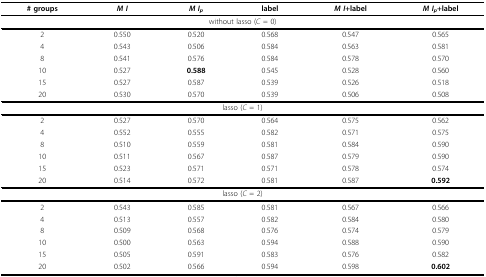
<table><thead><tr><td><b># groups</b></td><td><b><i>M I</i></b></td><td><b><i>M I<sub>p</sub></i></b></td><td><b>label</b></td><td><b><i>M I</i>+label</b></td><td><b><i>M I<sub>p</sub></i>+label</b></td></tr></thead><tbody><tr><td colspan="6">without lasso (<i>C </i>= 0)</td></tr><tr><td>2</td><td>0.550</td><td>0.520</td><td>0.568</td><td>0.547</td><td>0.565</td></tr><tr><td>4</td><td>0.543</td><td>0.506</td><td>0.584</td><td>0.563</td><td>0.581</td></tr><tr><td>8</td><td>0.541</td><td>0.576</td><td>0.584</td><td>0.578</td><td>0.570</td></tr><tr><td>10</td><td>0.527</td><td><b>0.588</b></td><td>0.545</td><td>0.528</td><td>0.560</td></tr><tr><td>15</td><td>0.527</td><td>0.587</td><td>0.539</td><td>0.526</td><td>0.518</td></tr><tr><td>20</td><td>0.530</td><td>0.570</td><td>0.539</td><td>0.506</td><td>0.508</td></tr><tr><td colspan="6">lasso (<i>C </i>= 1)</td></tr><tr><td>2</td><td>0.527</td><td>0.570</td><td>0.564</td><td>0.575</td><td>0.562</td></tr><tr><td>4</td><td>0.552</td><td>0.555</td><td>0.582</td><td>0.571</td><td>0.575</td></tr><tr><td>8</td><td>0.510</td><td>0.559</td><td>0.581</td><td>0.584</td><td>0.590</td></tr><tr><td>10</td><td>0.511</td><td>0.567</td><td>0.587</td><td>0.579</td><td>0.590</td></tr><tr><td>15</td><td>0.523</td><td>0.571</td><td>0.571</td><td>0.578</td><td>0.574</td></tr><tr><td>20</td><td>0.514</td><td>0.572</td><td>0.581</td><td>0.587</td><td><b>0.592</b></td></tr><tr><td colspan="6">lasso (<i>C </i>= 2)</td></tr><tr><td>2</td><td>0.543</td><td>0.585</td><td>0.581</td><td>0.567</td><td>0.566</td></tr><tr><td>4</td><td>0.513</td><td>0.557</td><td>0.582</td><td>0.584</td><td>0.580</td></tr><tr><td>8</td><td>0.509</td><td>0.568</td><td>0.576</td><td>0.574</td><td>0.579</td></tr><tr><td>10</td><td>0.500</td><td>0.563</td><td>0.594</td><td>0.588</td><td>0.590</td></tr><tr><td>15</td><td>0.505</td><td>0.591</td><td>0.583</td><td>0.576</td><td>0.582</td></tr><tr><td>20</td><td>0.502</td><td>0.566</td><td>0.594</td><td>0.598</td><td><b>0.602</b></td></tr></tbody></table>